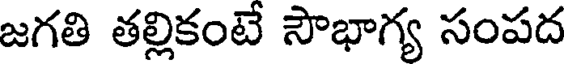
జగతి తల్లికంటే సౌభాగ్య సంపద